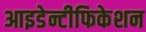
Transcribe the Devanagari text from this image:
आइडेन्टीफिकेशन